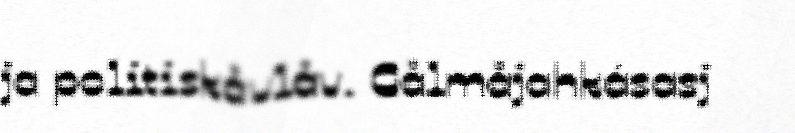
ja politiskåvlåv. Gålmåjahkásasj